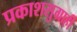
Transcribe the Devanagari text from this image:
प्रकाशसुग्राही